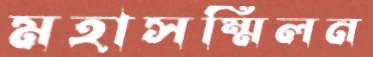
মহাসম্মিলন